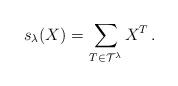
LaTeX: \begin{align*}s_\lambda(X) = &\,\sum_{T \in {\mathcal T}^\lambda} X^T\,. \end{align*}